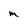
Character: M